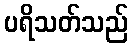
ပရိသတ်သည်